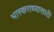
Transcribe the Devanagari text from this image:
भास्कराच्यासाठी